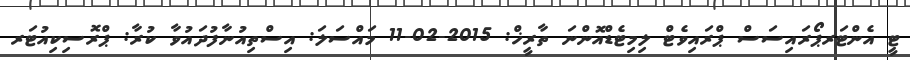
ޓީ އެންޓަރޕޯރައިސަސް ޕްރައިވެޓް ލިމިޓެޑްއޮންނަ ތާރީޚް: 2015-02-11 މައްސަލަ: އިސްތިއުނާފުދައުވާ ކުރާ: ޕްރޮސިކިއުޓަރ